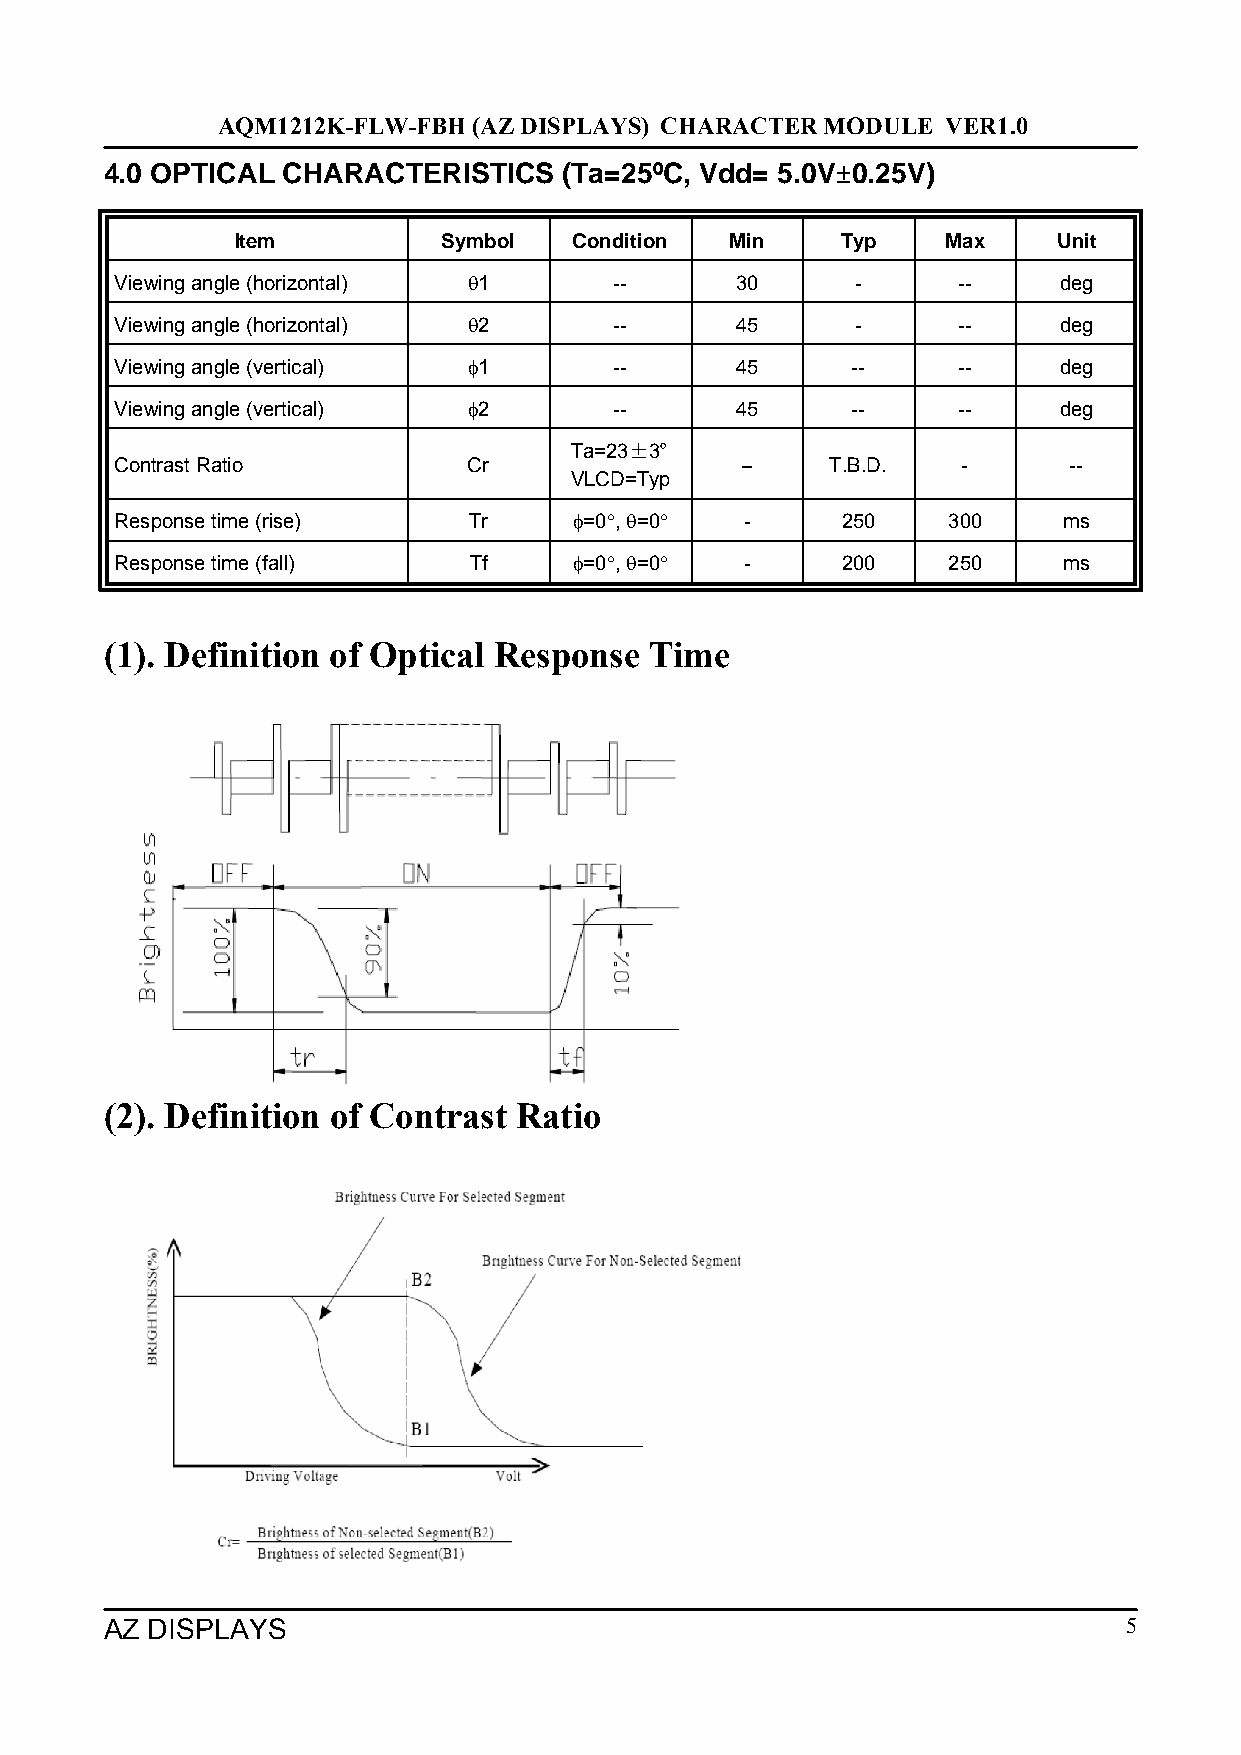
AQM1212K-FLW-FBH (AZ DISPLAYS) CHARACTER MODULE  VER1.0
 4.0 OPTICAL CHARACTERISTICS   (Ta=25ºC, Vdd= 5.0V±0.25V)
 Item         Symbol   Condition Min     Typ    Max    Unit
 Viewing angle (horizontal) θ1    --      30      -     --     deg
 Viewing angle (horizontal) θ2    --      45      -     --     deg
 Viewing angle (vertical) φ1      --      45     --     --     deg
 Viewing angle (vertical) φ2      --      45     --     --     deg
 Ta=23±3º
 Contrast Ratio         Cr                --    T.B.D.   -      --
 VLCD=Typ
 Response time (rise)   Tr     φ=0°, θ=0° -      250    300    ms
 Response time (fall)   Tf     φ=0°, θ=0° -      200    250    ms
 (1). Definition of Optical Response Time
 (2). Definition of Contrast Ratio
 AZ DISPLAYS                                                        5